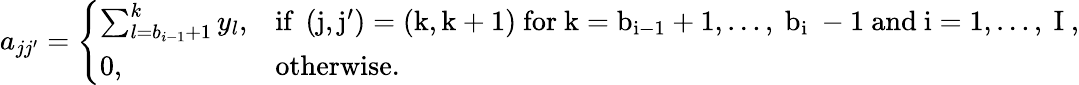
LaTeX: \begin{array}{r}{a_{jj^{\prime}}=\Bigg\{ \begin{array}{ll}{\sum_{l=b_{i-1}+1}^{k}y_{l},}&{\mathrm{if~\left(j,j^{\prime}\right)=(k,k+1)~for~k=b_{i-1}+1,\dots,~b_{i}~-1~and~i=1,\dots,~I~},}\\ {0,}&{\mathrm{otherwise.}}\end{array}}\end{array}